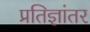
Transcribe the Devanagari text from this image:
प्रतिज्ञांतर